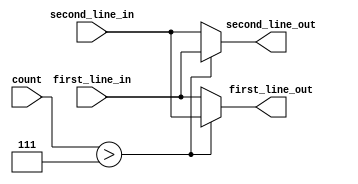
module switch8(
				input [3:0]count,
				input [31:0]first_line_in,
				input [31:0]second_line_in,
				output [31:0]first_line_out,
				output [31:0]second_line_out
				);
	
	assign first_line_out = (count > 7) ? second_line_in : first_line_in;
	assign second_line_out = (count > 7) ? first_line_in : second_line_in;

endmodule